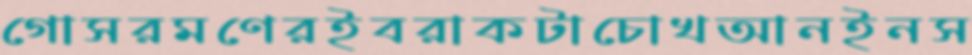
গোসরমণেরইবরাকটাচোখআনইনস